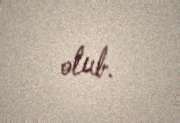
olub.